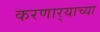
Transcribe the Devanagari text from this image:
करणार्‍याच्या